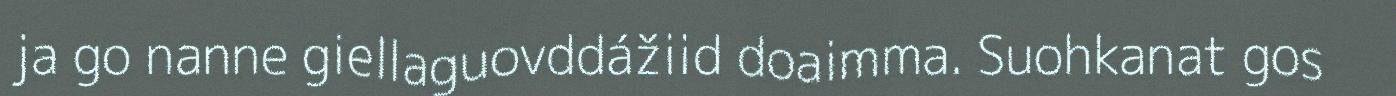
ja go nanne giellaguovddážiid doaimma. Suohkanat gos